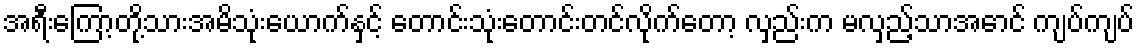
အရီးကြော့တို့သားအမိသုံးယောက်နှင့် တောင်းသုံးတောင်းတင်လိုက်တော့ လှည်းက မလှည့်သာအောင် ကျပ်ကျပ်